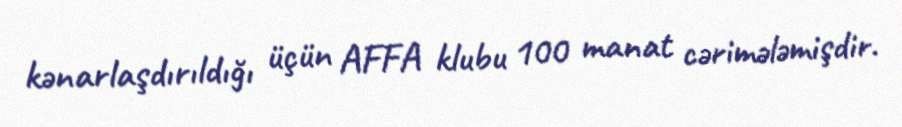
kənarlaşdırıldığı üçün AFFA klubu 100 manat cərimələmişdir.